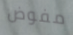
مفوض